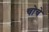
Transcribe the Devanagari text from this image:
चोचे